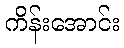
ကိန်းအောင်း